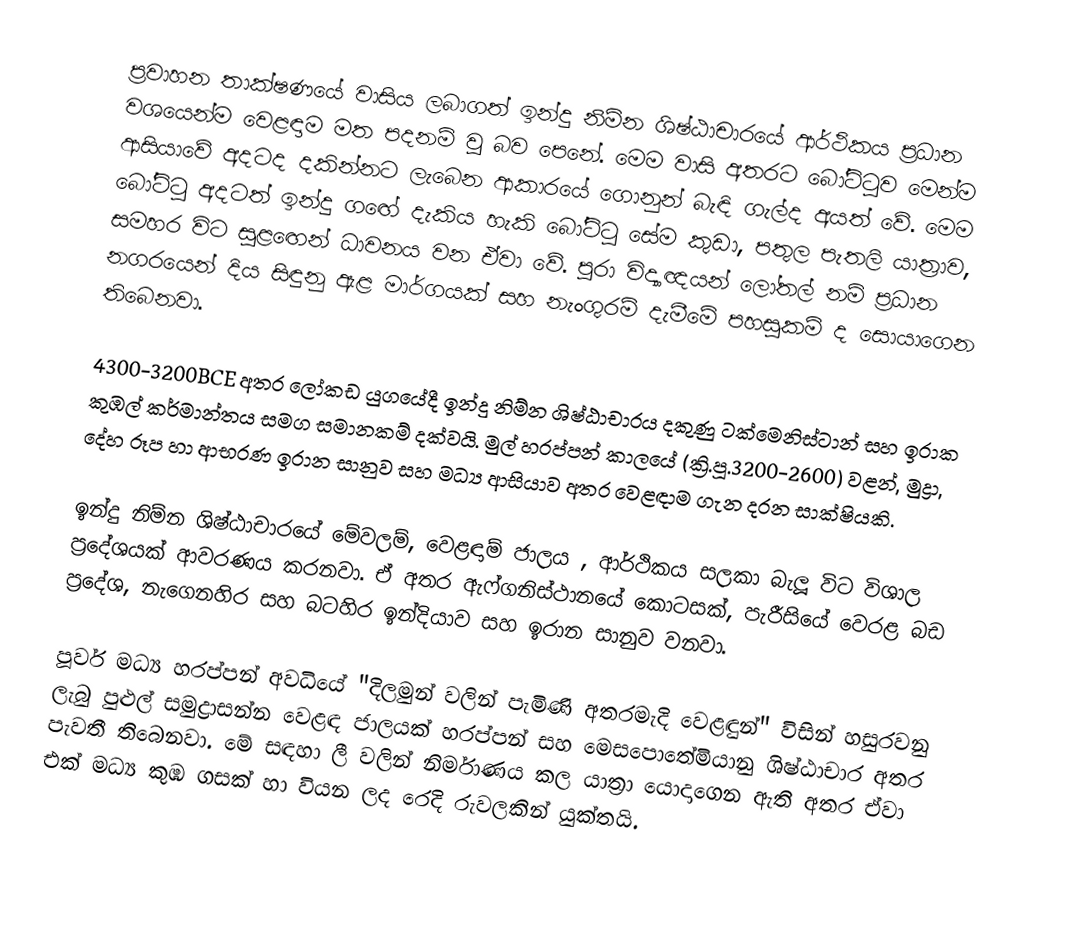
ප්‍රවාහන තාක්ෂණයේ වාසිය ලබාගත් ඉන්දු නිම්න ශිෂ්ඨාචාරයේ ආර්ථිකය ප්‍රධාන වශයෙන්ම වෙළඳාම මත පදනම් වූ බව පෙනේ. මෙම වාසි අතරට බෝට්ටුව මෙන්ම ආසියාවේ අදටද දකින්නට ලැබෙන ආකාරයේ ගොනුන් බැඳි ගැල්ද අයත් වේ. මෙම බෝට්ටු අදටත් ඉන්දු ගඟේ දැකිය හැකි බෝට්ටු සේම කුඩා, පතුල පැතලි යාත්‍රාව, සමහර විට සුළඟෙන් ධාවනය වන ඒවා වේ.  පුරා විද්‍යාඥයන් ලෝතල් නම් ප්‍රධාන නගරයෙන් දිය සිඳුනු ඇළ මාර්ගයක් සහ නැංගුරම් දැමීමේ පහසුකම් ද සොයාගෙන තිබෙනවා.

4300-3200BCE අතර ලෝකඩ යුගයේදී ඉන්දු නිම්න ශිෂ්ඨාචාරය දකුණු ටක්මෙනිස්ටාන් සහ ඉරාක කුඹල් කර්මාන්තය සමග සමානකම් දක්වයි. මුල් හරප්පන් කාලයේ (ක්‍රි.පූ.3200-2600) වළන්, මුද්‍රා, දේහ රූප හා ආභරණ ඉරාන සානුව සහ මධ්‍ය ආසියාව අතර වෙළඳාම ගැන දරන සාක්ෂියකි.

ඉන්දු නිම්න ශිෂ්ඨාචාරයේ මේවලම්, වෙළඳාම් ජාලය , ආර්ථිකය සලකා බැලූ විට විශාල ප්‍රදේශයක් ආවරණය කරනවා. ඒ අතර ඇෆ්ගනිස්ථානයේ කොටසක්, පැරීසියේ වෙරළ බඩ ප්‍රදේශ, නැගෙනහිර සහ බටහිර ඉන්දියාව සහ ඉරාන සානුව වනවා.

පූර්ව මධ්‍ය හරප්පන් අවධියේ "දිලමුන් වලින් පැමිණි අතරමැදි වෙළඳුන්" විසින් හසුරවනු ලැබු පුළුල් සමුද්‍රාසන්න වෙළඳ ජාලයක් හරප්පන් සහ මෙසපොතේමියානු ශිෂ්ඨාචාර අතර පැවතී තිබෙනවා. මේ සඳහා ලී වලින් නිර්මාණය කල යාත්‍රා යොදාගෙන ඇති අතර ඒවා එක් මධ්‍ය කුඹ ගසක් හා වියන ලද රෙදි රුවලකින් යුක්තයි.